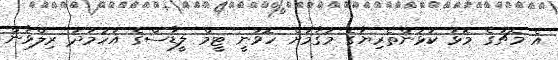
އެ މެޗުގެ މޮޅު ކުޅުންތެރިޔާގެ މަގާމަށް ހޮވުނީ ޓީމް ލީޑާސްގެ އަހުމަދު ރިލްވާން